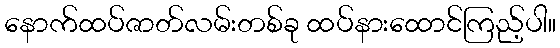
နောက်ထပ်ဇာတ်လမ်းတစ်ခု ထပ်နားထောင်ကြည့်ပါ။